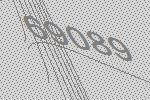
69089